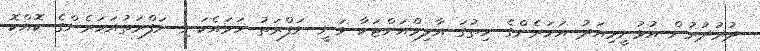
ދުރުދުރުން އުޅުނީމިއަދު އަހަރެންގެ ހިތުގަ އާލިމްއަށްޓަކަާ ވަނީ ނަފްރަތު ހަމައެކަނި ނަފްރަތުއަހަރެންގެ ކޮއްކޮ